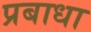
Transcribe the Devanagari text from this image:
प्रबाधा